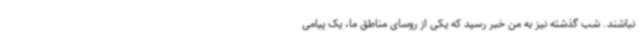
نباشند. شب گذشته نیز به من خبر رسید که یکی از روسای مناطق ما، یک پیامی